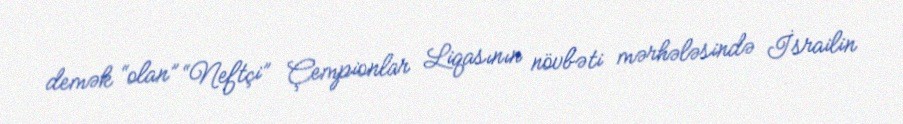
demək “olan” “Neftçi” Çempionlar Liqasının növbəti mərhələsində İsrailin